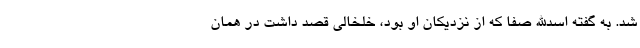
شد. به گفته اسدالله صفا که از نزدیکان او بود، خلخالی قصد داشت در همان